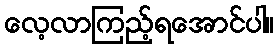
လေ့လာကြည့်ရအောင်ပါ။